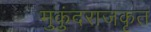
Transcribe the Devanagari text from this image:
मुकुंदराजकृत